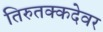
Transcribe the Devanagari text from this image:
तिरुतक्कदेवर